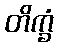
တိက္ခံ